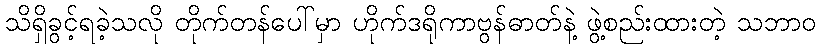
သိရှိခွင့်ရခဲ့သလို တိုက်တန်ပေါ်မှာ ဟိုက်ဒရိုကာဗွန်ဓာတ်နဲ့ ဖွဲ့စည်းထားတဲ့ သဘာဝ